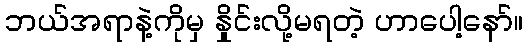
ဘယ်အရာနဲ့ကိုမှ နှိုင်းလို့မရတဲ့ ဟာပေါ့နော်။